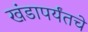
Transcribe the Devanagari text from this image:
खंडापर्यंतचे